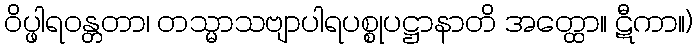
ဝိပ္ဖါရဝန္တတာ၊ တသ္မာသဗျာပါရပစ္စုပဋ္ဌာနာတိ အတ္ထော။ ဋီကာ။)